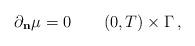
LaTeX: \begin{align*} \partial_{\bf n}\mu = 0 \qquad (0,T)\times\Gamma\,,\end{align*}